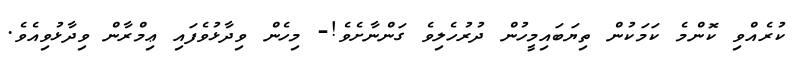
ކުރެއްވި ކޮންމެ ކަމަކުން ތިޔަބައިމީހުން ދުރުހެލިވެ ގަންނާށެވެ!- މިހެން ވިދާޅުވެފައި ޢިމްރާން ވިދާޅުވިއެވެ.